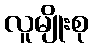
လူမျိုးစု